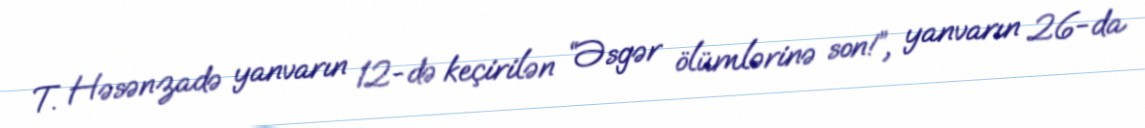
T. Həsənzadə yanvarın 12-də keçirilən “Əsgər ölümlərinə son!”, yanvarın 26-da